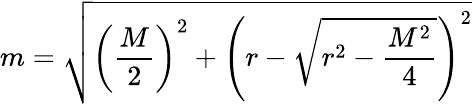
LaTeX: {}m={\sqrt{\left({\frac{M}{2}}\right)^{2}+\left(r-{\sqrt{r^{2}-{\frac{M^{2}}{4}}}}\right)^{2}}}